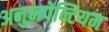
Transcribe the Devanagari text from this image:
अनुनपेन्टियम